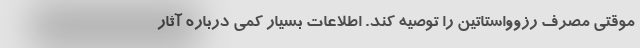
موقتی مصرف رزوواستاتین را توصیه کند. اطلاعات بسیار کمی درباره آثار